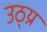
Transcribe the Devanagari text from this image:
उठ्य्र